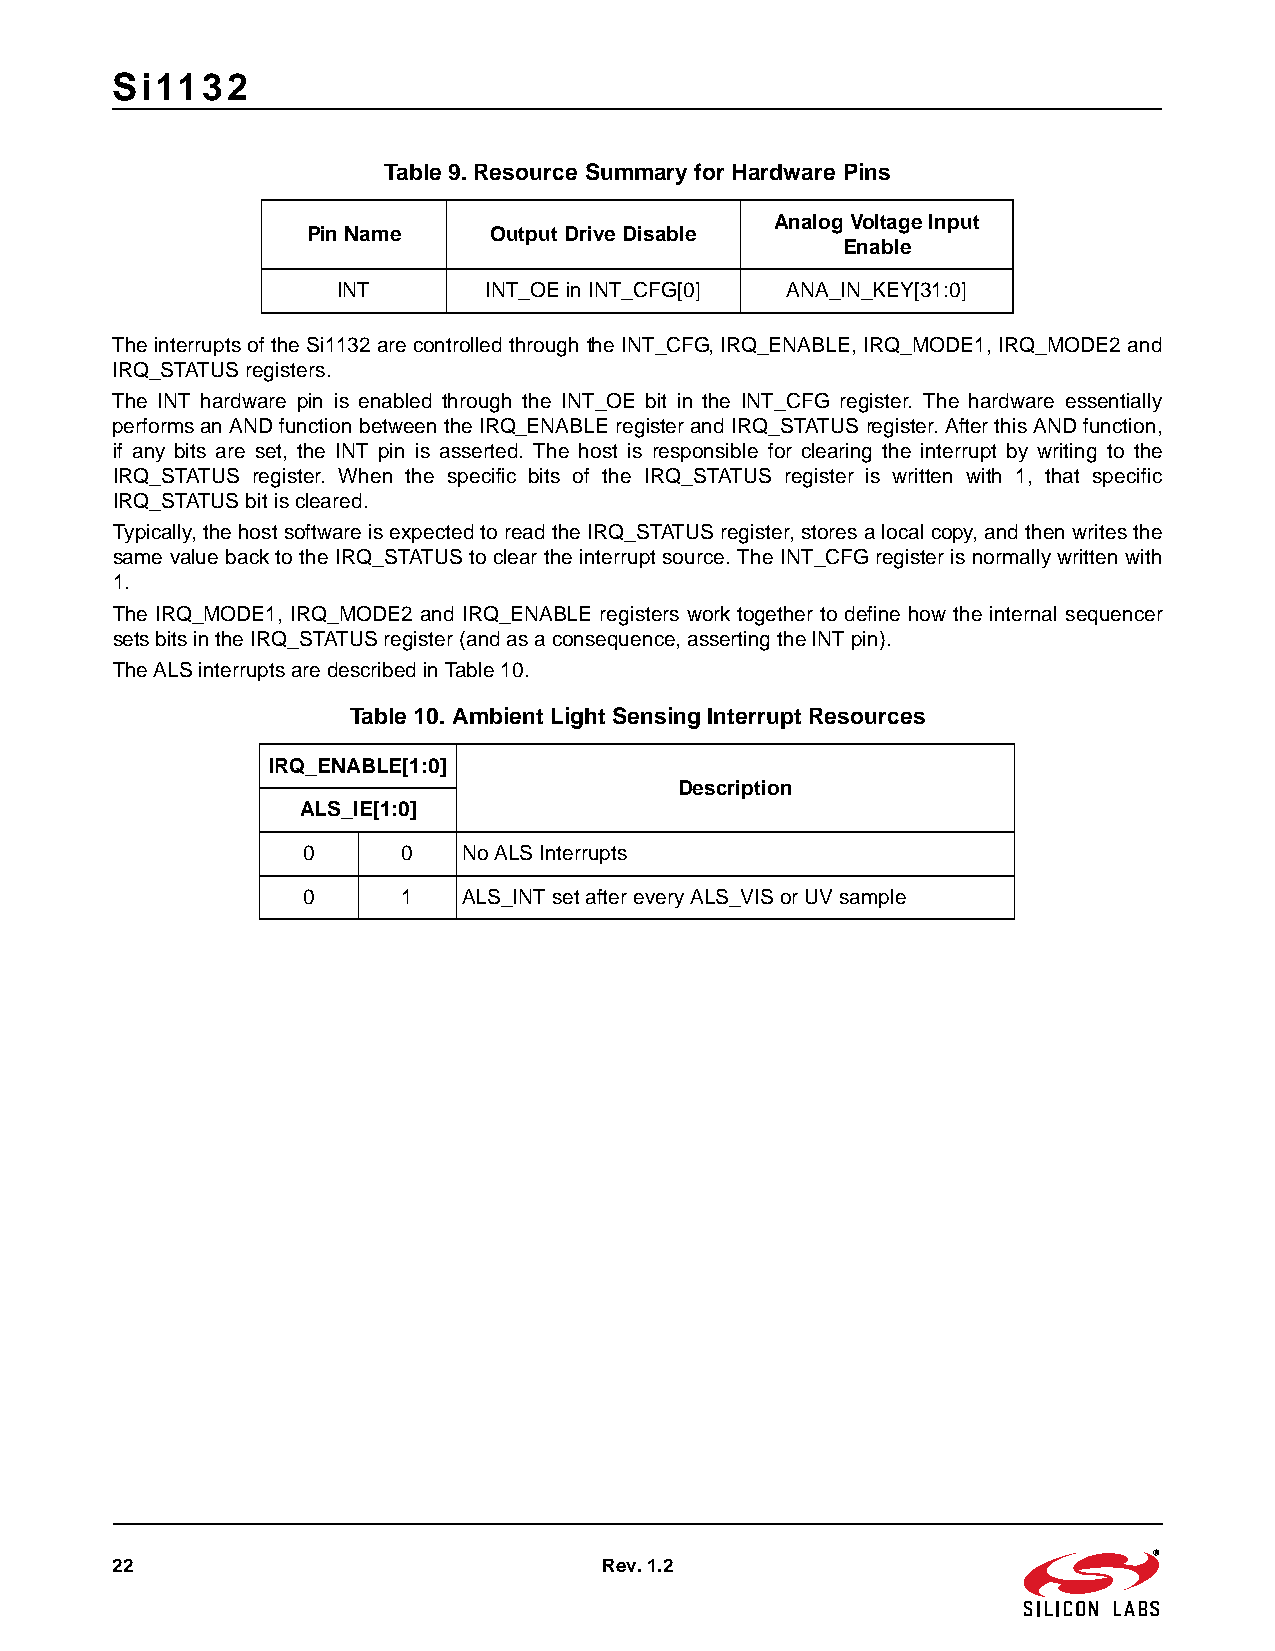
Si1132
 Table 9. Resource Summary for Hardware Pins
 Analog Voltage Input
 Pin Name    Output Drive Disable
 Enable
 INT       INT_OE in INT_CFG[0] ANA_IN_KEY[31:0]
 The interrupts of the Si1132 are controlled through the INT_CFG, IRQ_ENABLE, IRQ_MODE1, IRQ_MODE2 and
 IRQ_STATUS registers.
 The INT hardware pin is enabled through the INT_OE bit in the INT_CFG register. The hardware essentially
 performs an AND function between the IRQ_ENABLE register and IRQ_STATUS register. After this AND function,
 if any bits are set, the INT pin is asserted. The host is responsible for clearing the interrupt by writing to the
 IRQ_STATUS register. When the specific bits of the IRQ_STATUS register is written with 1, that specific
 IRQ_STATUS bit is cleared.
 Typically, the host software is expected to read the IRQ_STATUS register, stores a local copy, and then writes the
 same value back to the IRQ_STATUS to clear the interrupt source. The INT_CFG register is normally written with
 1.
 The IRQ_MODE1, IRQ_MODE2 and IRQ_ENABLE registers work together to define how the internal sequencer
 sets bits in the IRQ_STATUS register (and as a consequence, asserting the INT pin).
 The ALS interrupts are described in Table10.
 Table 10. Ambient Light Sensing Interrupt Resources
 IRQ_ENABLE[1:0]
 Description
 ALS_IE[1:0]
 0      0   No ALS Interrupts
 0      1   ALS_INT set after every ALS_VIS or UV sample
 22                               Rev. 1.2